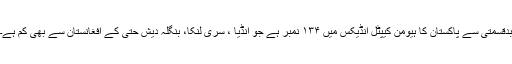
بدقسمتی سے پاکستان کا ہیومن کیپٹل انڈیکس میں ۱۳۴ نمبر ہے جو انڈیا ، سری لنکا، بنگلہ دیش حتی کے افغانستان سے بھی کم ہے۔